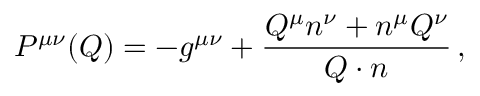
P ^ { \mu \nu } ( Q ) = - g ^ { \mu \nu } + \frac { Q ^ { \mu } n ^ { \nu } + n ^ { \mu } Q ^ { \nu } } { Q \cdot n } \, ,